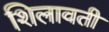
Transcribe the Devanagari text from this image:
शिलावती